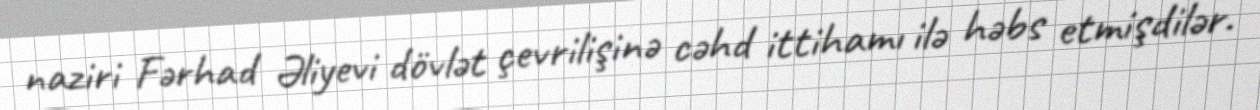
naziri Fərhad Əliyevi dövlət çevrilişinə cəhd ittihamı ilə həbs etmişdilər.